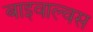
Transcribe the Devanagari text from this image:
बाइवाल्वस